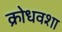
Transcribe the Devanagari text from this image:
क्रोधवशा